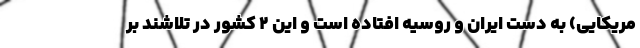
مریکایی) به دست ایران و روسیه افتاده است و این 2 کشور در تلاشند بر